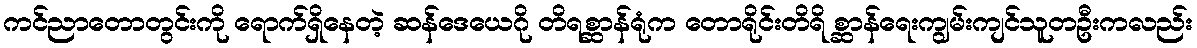
ကင်ညာတောတွင်းကို ရောက်ရှိနေတဲ့ ဆန်ဒေယေဂို တိရစ္ဆာန်ရုံက တောရိုင်းတိရိ စ္ဆာန်ရေးကျွမ်းကျင်သူတဦးကလည်း